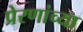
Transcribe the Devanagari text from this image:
प्रेरणांच्या